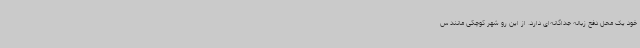
خود یک محل دفع زباله جداگانه‌ای دارد. از این رو شهر کوچکی مانند س